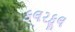
કલરફૂલ